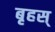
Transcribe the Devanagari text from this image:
बृहस्